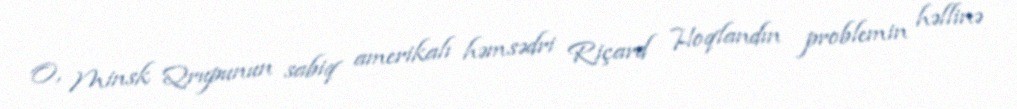
O, Minsk Qrupunun sabiq amerikalı həmsədri Riçard Hoqlandın problemin həllinə